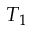
T _ { 1 }